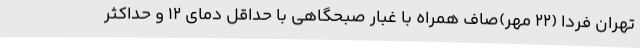
تهران فردا (22 مهر)صاف همراه با غبار صبحگاهی با حداقل دمای 12 و حداکثر